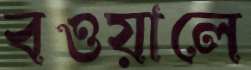
বওয়ালে